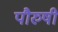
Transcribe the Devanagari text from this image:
पौरुषी